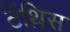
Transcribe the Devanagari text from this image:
टॅथ़िस